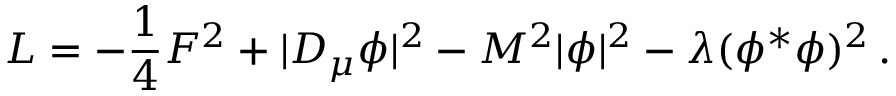
{ \cal L } = - { \frac { 1 } { 4 } } F ^ { 2 } + | D _ { \mu } \phi | ^ { 2 } - M ^ { 2 } | \phi | ^ { 2 } - \lambda ( \phi ^ { * } \phi ) ^ { 2 } \, .